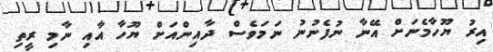
އިރު ޔޫހާމެނަށް އޭނާ ނުފެނުނު ނަމަވެސް ދާއިންއަށް ޔޫހާ އާއި ނާމި ރީތި